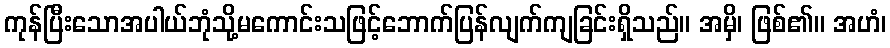
ကုန်ပြီးသောအပါယ်ဘုံသို့မကောင်းသဖြင့်ဘောက်ပြန်လျက်ကျခြင်းရှိသည်။ အမှိ၊ ဖြစ်၏။ အဟံ၊